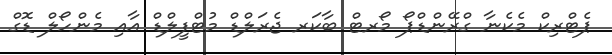
ޕެޓްރިކް މެކެނާ ގްރޭންޑްޕޯ މޯރޓް ބާކަރ ޖެރަލްޑް މުޓްފީލްޑް އާއި މެންހޯލް ޑޮގް